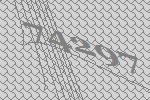
74297